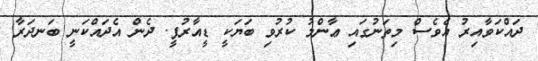
ދައްކަވާއިރު އެވެސް މިތަނުގައި ޢާންމު ކުރުވި ބަޔަކީ ޑީއާރުޕީ. ދެން އެދައްކަނީ ބަނދަރާ